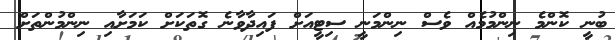
ބުނީ ކޮންމެ ނިންމުމެއް ވެސް ނިންމަނީ ސިޓީއަށް ފައިދާވާނެ ގޮތަކަށް ކަމަށާއި ނިންމުންތަށް